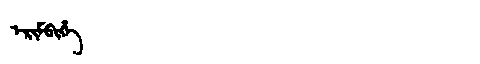
Manchu: ᡝᡵᡳᠮᠪᡳᡥᡝ
Romanization: ERIMBIHE